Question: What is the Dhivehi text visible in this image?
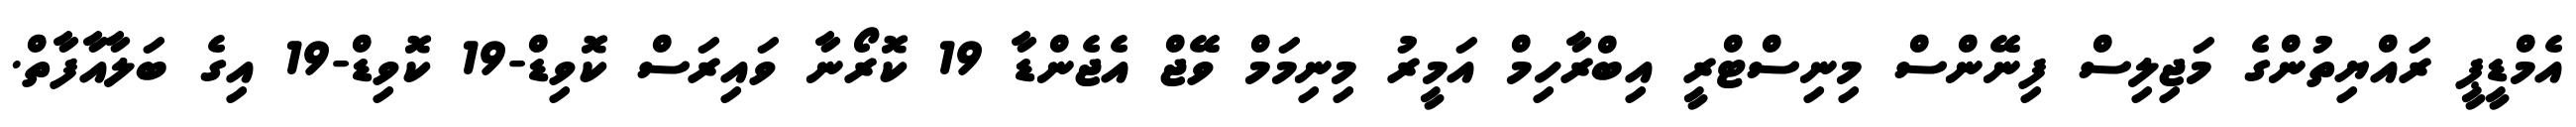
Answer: އެމްޑީޕީ ރައްޔިތުންގެ މަޖިލިސް ފިނޭންސް މިނިސްޓްރީ އިބްރާހިމް އަމީރު މިނިމަމް ވޭޖް އެޖެންޑާ 19 ކޮރޯނާ ވައިރަސް ކޮވިޑް-19 ކޮވިޑް-19 އިގެ ބަލާއާފާތް.